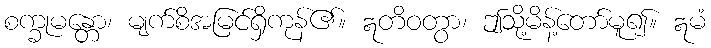
စက္ခုမန္တော၊ မျက်စိအမြင်ရှိကုန်၏။ ဣတိဝတွာ၊ ဤသို့မိန့်တော်မူ၍။ ဣမံ